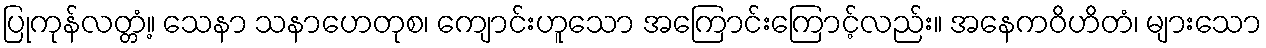
ပြုကုန်လတ္တံ့။ သေနာ သနာဟေတုစ၊ ကျောင်းဟူသော အကြောင်းကြောင့်လည်း။ အနေကဝိဟိတံ၊ များသော